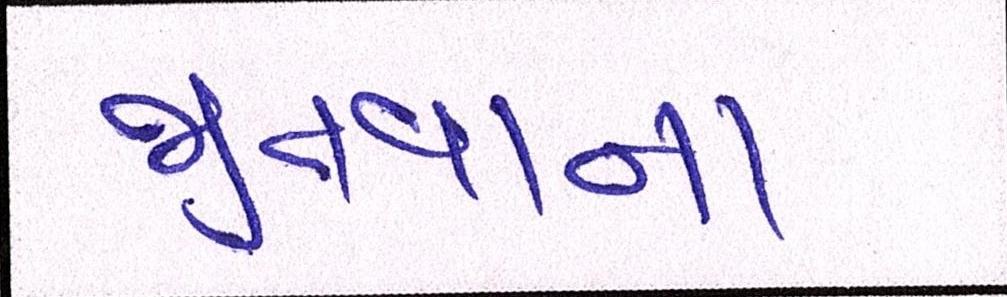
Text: જીતવાના